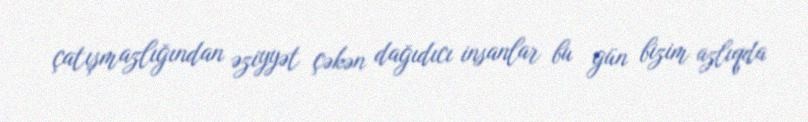
çatışmazlığından əziyyət çəkən dağıdıcı insanlar bu gün bizim azlıqda